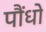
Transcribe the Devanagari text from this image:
पौंधो